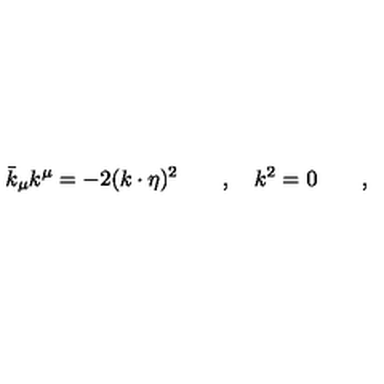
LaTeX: \bar { k } _ { \mu } k ^ { \mu } = - 2 ( k \cdot \eta ) ^ { 2 } \qquad , \quad k ^ { 2 } = 0 \qquad ,